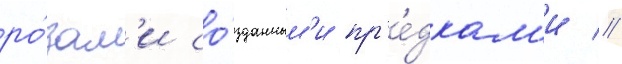
ро́зам'и со́зданным'и пр'е́дкам'и //